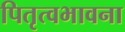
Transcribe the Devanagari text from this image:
पितृत्वभावना